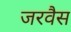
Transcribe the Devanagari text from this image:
जरवैस